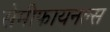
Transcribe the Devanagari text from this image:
सेमीफायनल्स